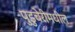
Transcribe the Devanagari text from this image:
पुडुचेरीमधील